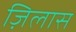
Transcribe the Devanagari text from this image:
ज़िलास